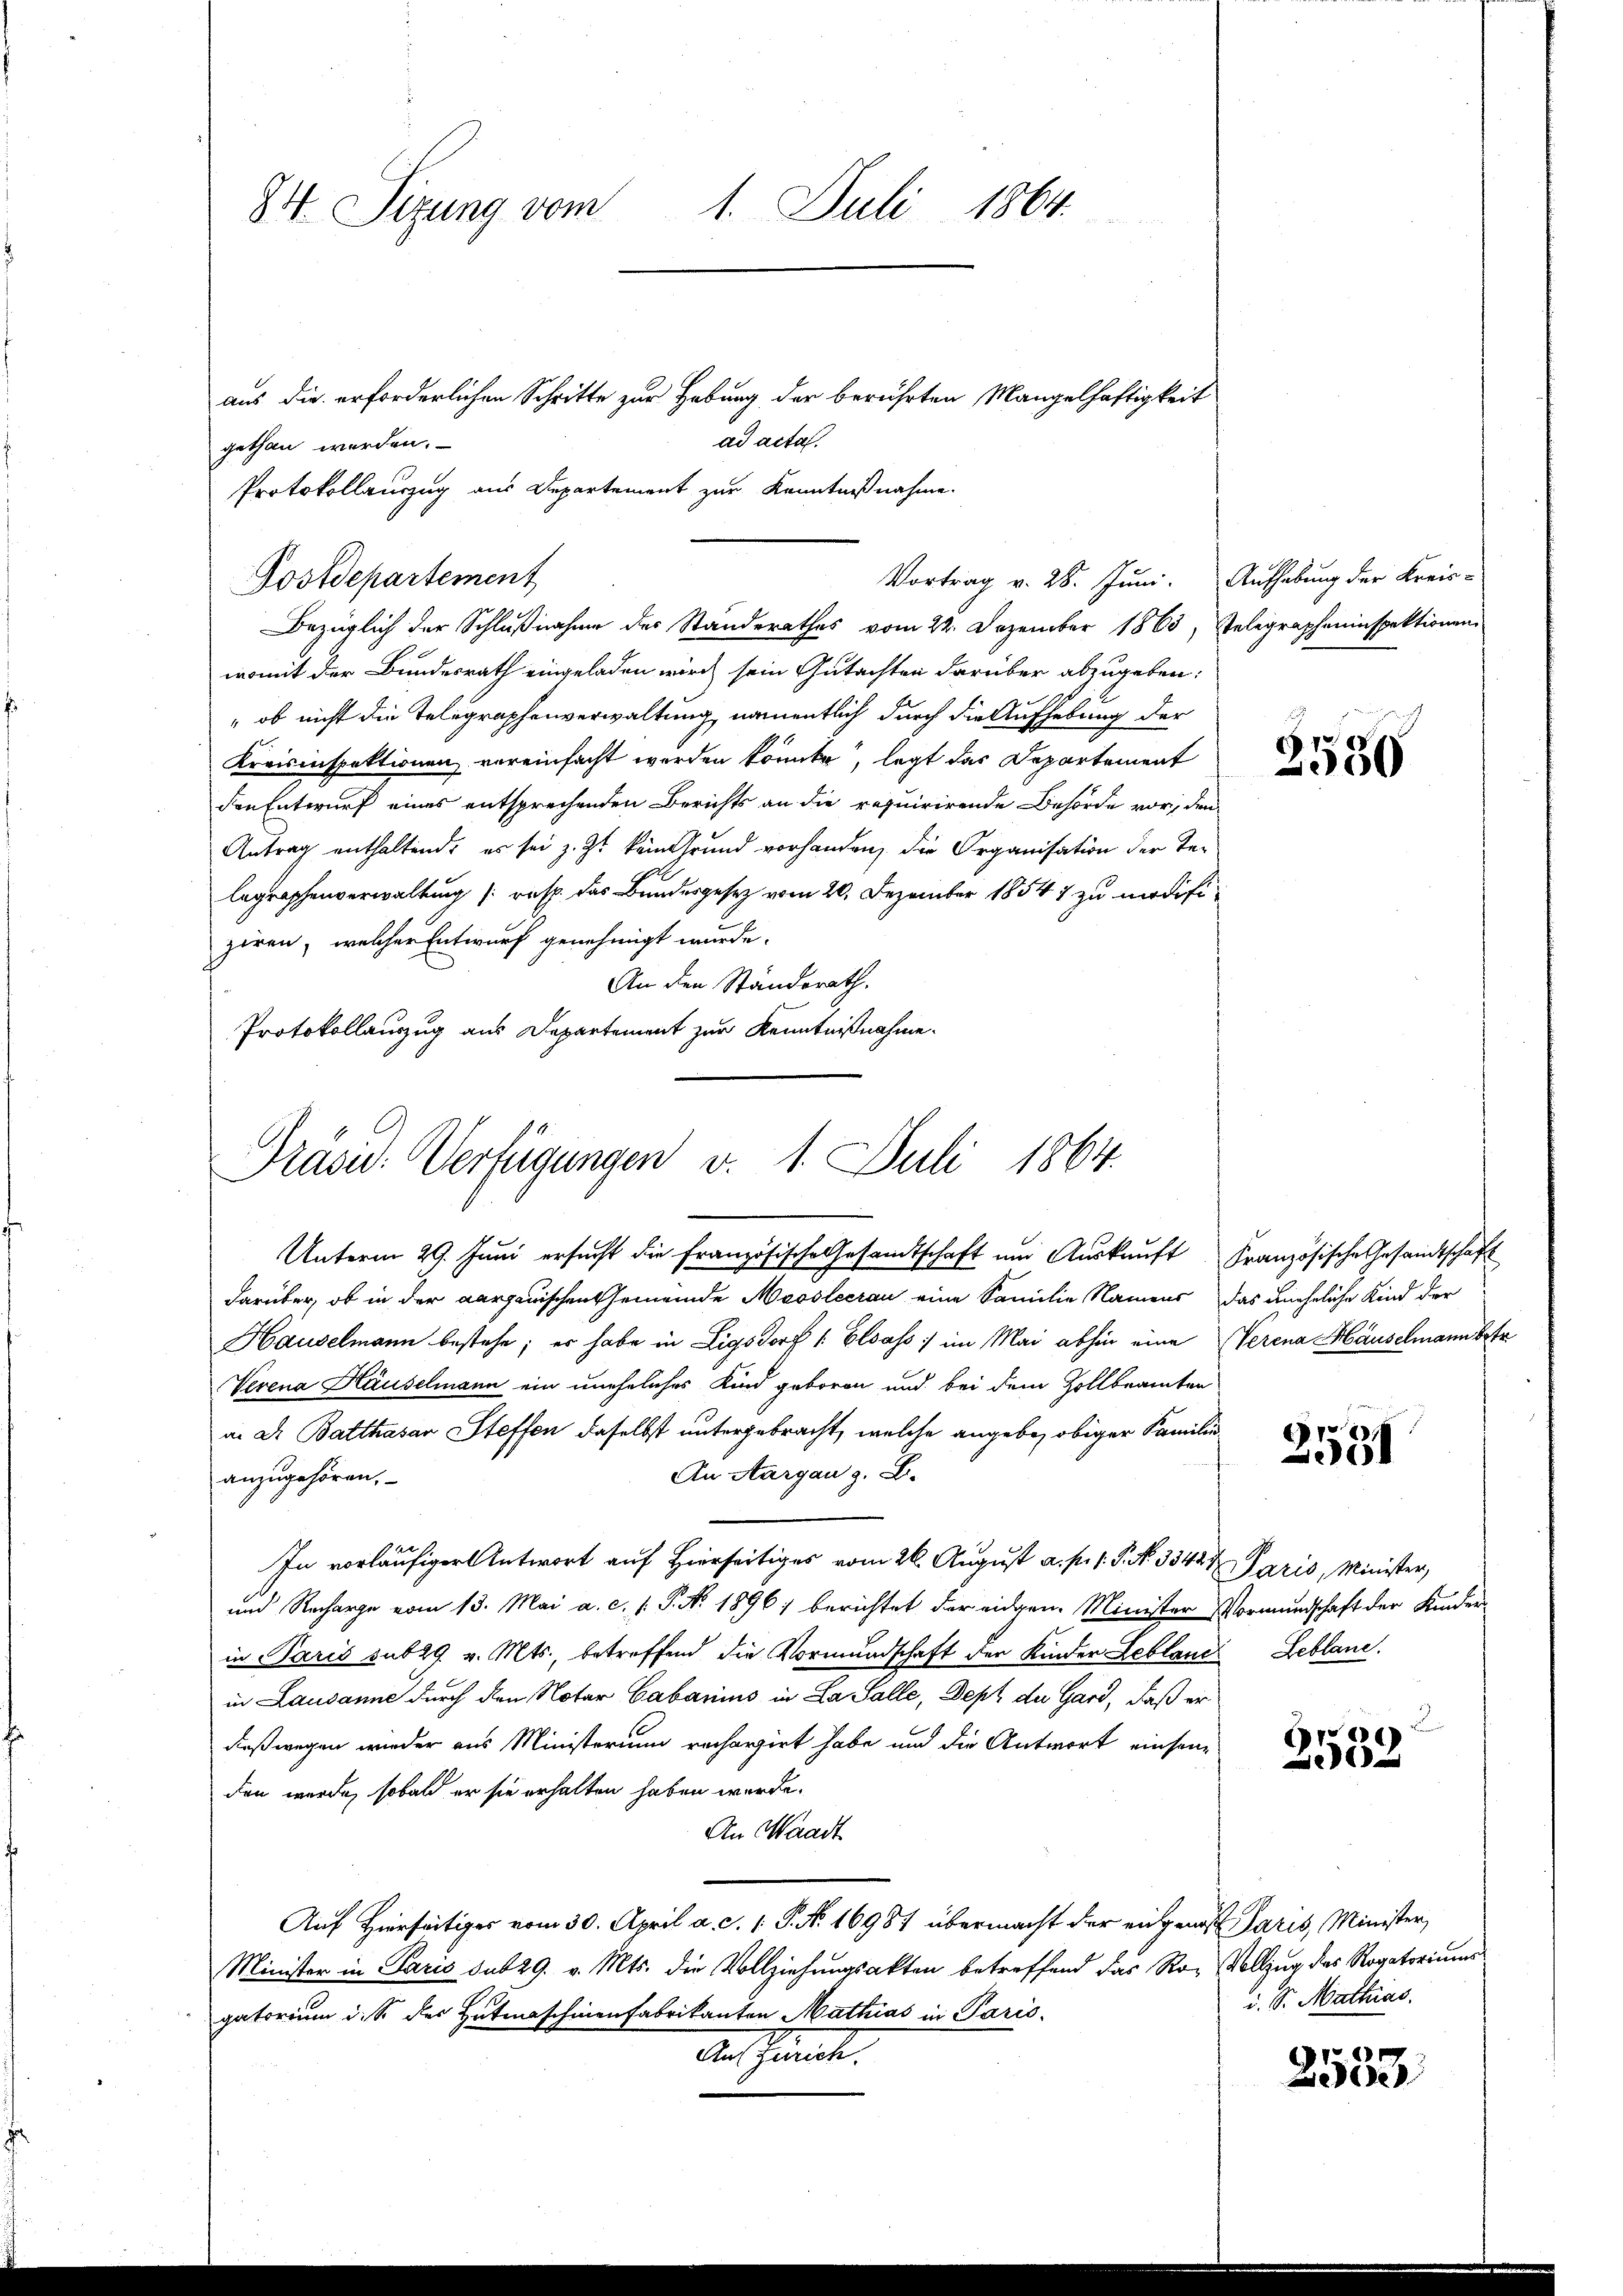
84. Sizung vom 1. Juli 1864.
aus die erforderlichen Schritte zur Hebung der berührten Mangelhaftigkeit

gethan werden.
Protokollauszug aus Departement zur Kenntnißnahme.
.
Bezüglich der Schlußnahme des Standerathes vom 22. Dezember 1863,
womit der Bundesrath eingeladen wird sein Gutachten darüber abzugeben:
 ob nicht die Telegraphenverwaltung, namentlich durch die Aufhebung der
Kreisinspektionen vereinfacht worden könnte, legt das Departement
den Entwurf eines entsprechenden Berichts an die requirirende Behörde vor, den
Antrag enthaltend, es sei z. Zt. kein Grund vorhanden, die Organisation der Telegraphenverwaltung (resp. das Bundesgesetz vom 20. Dezember 18547 zu modifiziren, welcher Entwurf genehmigt wurde.
An den Standsrath.
Protokollauszug aus Departement zur Kenntnißnahme.

Postdepartement

ad acta.
Vortrag v. 28. Juni.

Präsid. Verfügungen v. 1. Juli 1864.

Unterm 29. Juni ersucht die Französische Gesandtschaft und Auskunft Französische Gesandtschaft
darüber, ob in der aargauischen Gemeinde Moosleerau eine Familie Namens das uneheliche Kind der
Hauselmann bestehe; er habe in Ligsdorf /: Elsass im Mai abhin eine Verena Häuselmann betr
Verena Häuselmann ein uneheliches Kind geboren und bei dem Zollbeamten
in Dr. Balthasar Steffen, daselbst untergebracht, welche angebe, obiger Familie¬
An Aargau z. B.
anzugehören.
In vorläufiger Antwort auf Hierseitiges vom 26. August a. p. 1. P. N. 33427 Paris, Minister,
und Recharge vom 13. Mai a. c. s. S. No. 1896) berichtet der eidgen. Minister Vormundschaft der Kinderin Paris sub 29. v. Mts., betreffend die Vormundschaft der Kinder Leblanc
in Lausanne durch den Notar Cabarius in La Salle, Dept de Gard, daß er
deßwegen wieder aus Ministerium rechargirt habe und die Antwort einsam-
den wurde, sobald er sie erhalten haben wurde.
An Waadt
Auf Hierseitiger vom 30. April a. c. 1 P. No. 16987 übermacht der eingen Paris, Minister,
Minister in Paris sub 29. v. Mts. die Vollziehungsakten betreffend das Ro-Vollzug des Rogatoriums
gatorium i. S. der Hutmaschinenfabrikanton Mathias in Paris.
Aus Gönnte.

Aufhebung der Kreis¬
Telegrapheninspektionen

2530

1
931

Leblane.

50-

i. S. Mathias.

2553